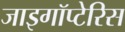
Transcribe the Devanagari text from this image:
जाइगॉप्टेरिस